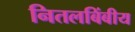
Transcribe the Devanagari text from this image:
नितलबिंबीय